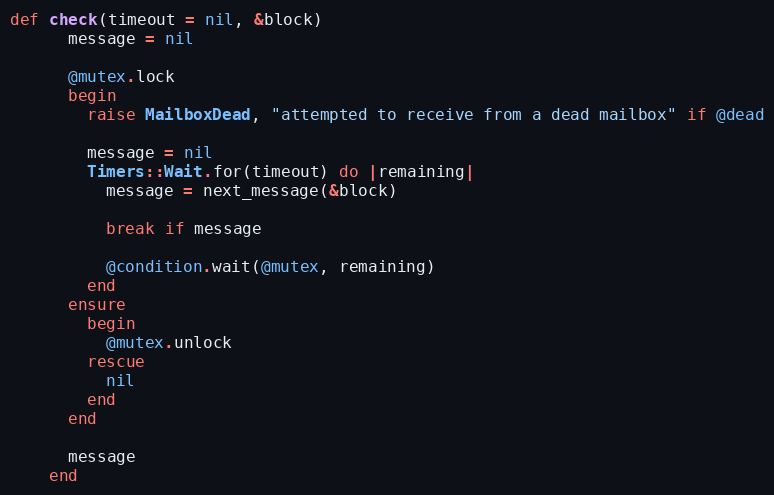
Language: Ruby
def check(timeout = nil, &block)
      message = nil

      @mutex.lock
      begin
        raise MailboxDead, "attempted to receive from a dead mailbox" if @dead

        message = nil
        Timers::Wait.for(timeout) do |remaining|
          message = next_message(&block)

          break if message

          @condition.wait(@mutex, remaining)
        end
      ensure
        begin
          @mutex.unlock
        rescue
          nil
        end
      end

      message
    end